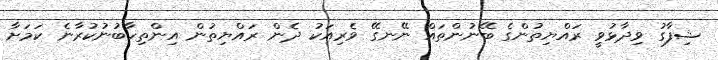
ޝިފާގު ވިދާޅުވީ ރައްޔިތުންގެ ބޭނުންތައް ނޭނގޭ ވެރިއަކު ދެން ރައްޔިތުން އިންތިހާބުނުކުރާނެ ކަމަށާ